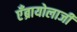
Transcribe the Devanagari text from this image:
एँब्रायोलाजी